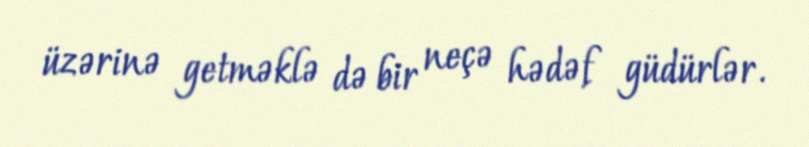
üzərinə getməklə də bir neçə hədəf güdürlər.